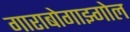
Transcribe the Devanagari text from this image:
गाराबोगाझ्गोल